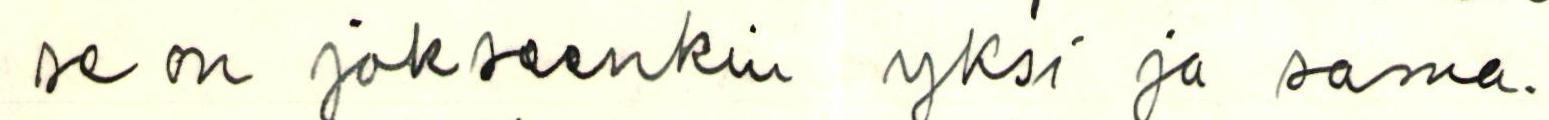
se on jokseenkin yksi ja sama.